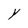
Character: Y